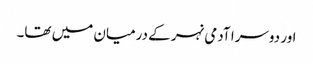
اور دوسرا آدمی نہر کے درمیان میں تھا۔